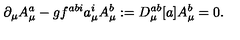
\partial _ { \mu } A _ { \mu } ^ { a } - g f ^ { a b i } a _ { \mu } ^ { i } A _ { \mu } ^ { b } : = D _ { \mu } ^ { a b } [ a ] A _ { \mu } ^ { b } = 0 .